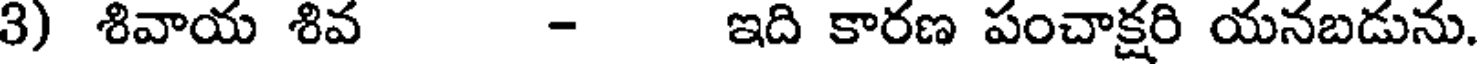
3) శివాయ శివ - ఇది కారణ పంచాక్షరి యనబడును.